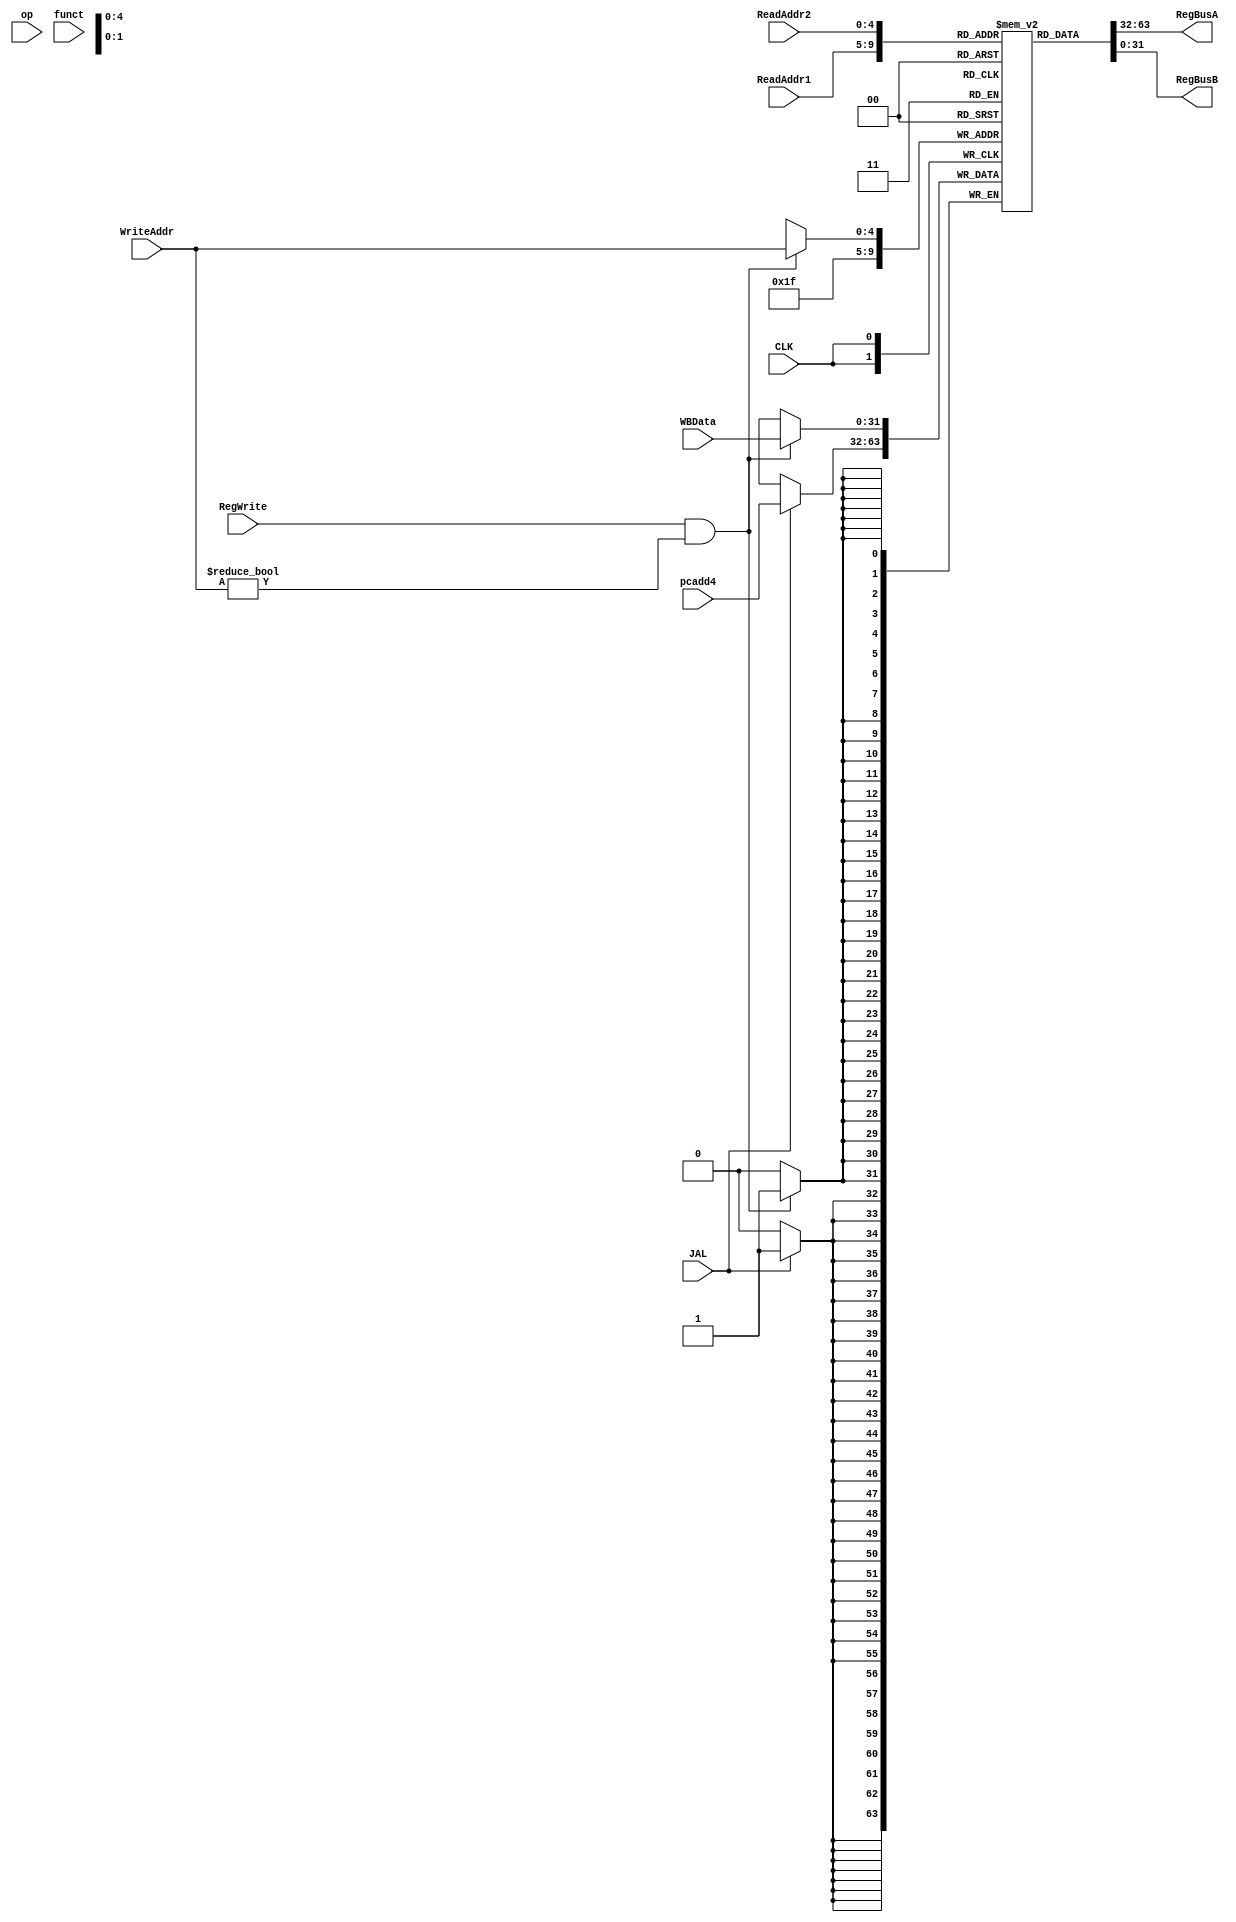
`timescale 1ns / 1ps
//////////////////////////////////////////////////////////////////////////////////
// Company: 
// Engineer: 
// 
// Design Name: 
// Module Name: RegisterFile
// Project Name: 
// Target Devices: 
// Tool Versions: 
// Description: 
// 
// Dependencies: 
// 
// Revision:
// Revision 0.01 - File Created
// Additional Comments:
// 
//////////////////////////////////////////////////////////////////////////////////


module RegisterFile(
    input CLK,
    input JAL,
    input [5: 0] op,
    input [5: 0] funct,
    input [4: 0] ReadAddr1,
    input [4: 0] ReadAddr2,
    input RegWrite,
    input [31: 0] WBData,
    input [31: 0] pcadd4,
    input [4: 0] WriteAddr,
    output reg [31: 0] RegBusA,
    output reg [31: 0] RegBusB
    );
    initial begin
        RegBusA <= 32'b0;
        RegBusB <= 32'b0;
    end
    
    reg [31: 0] regs[31: 0];
    integer i;
    initial begin
        for (i = 0; i < 31; i = i  + 1) regs[i] <= 0;
    end
    always @(ReadAddr1 or ReadAddr2 or op or funct) begin
        RegBusA = regs[ReadAddr1];
        RegBusB = regs[ReadAddr2];
        $display("read from rs(regs[%d]): %d; rt(regs[%d]): %d", ReadAddr1, RegBusA, ReadAddr2, RegBusB);
    end
    always @(negedge CLK) begin
        if (RegWrite == 1 && WriteAddr != 0) begin
            regs[WriteAddr] = WBData;
            $display("write %d back in regs[%d]", WBData, WriteAddr);
        end
        if (JAL == 1) begin
            regs[31] = pcadd4;
        end
    end
endmodule